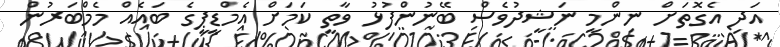
އަދި އެގޮތަށް ނިންމީ ނަޝީދުވެސް ބޭނުންފުޅު ވާތީ ކަމަށް އެމްޑީޕީގެ ބައެއް މެމްބަރުން